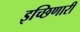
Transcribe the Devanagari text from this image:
इच्छिणारी